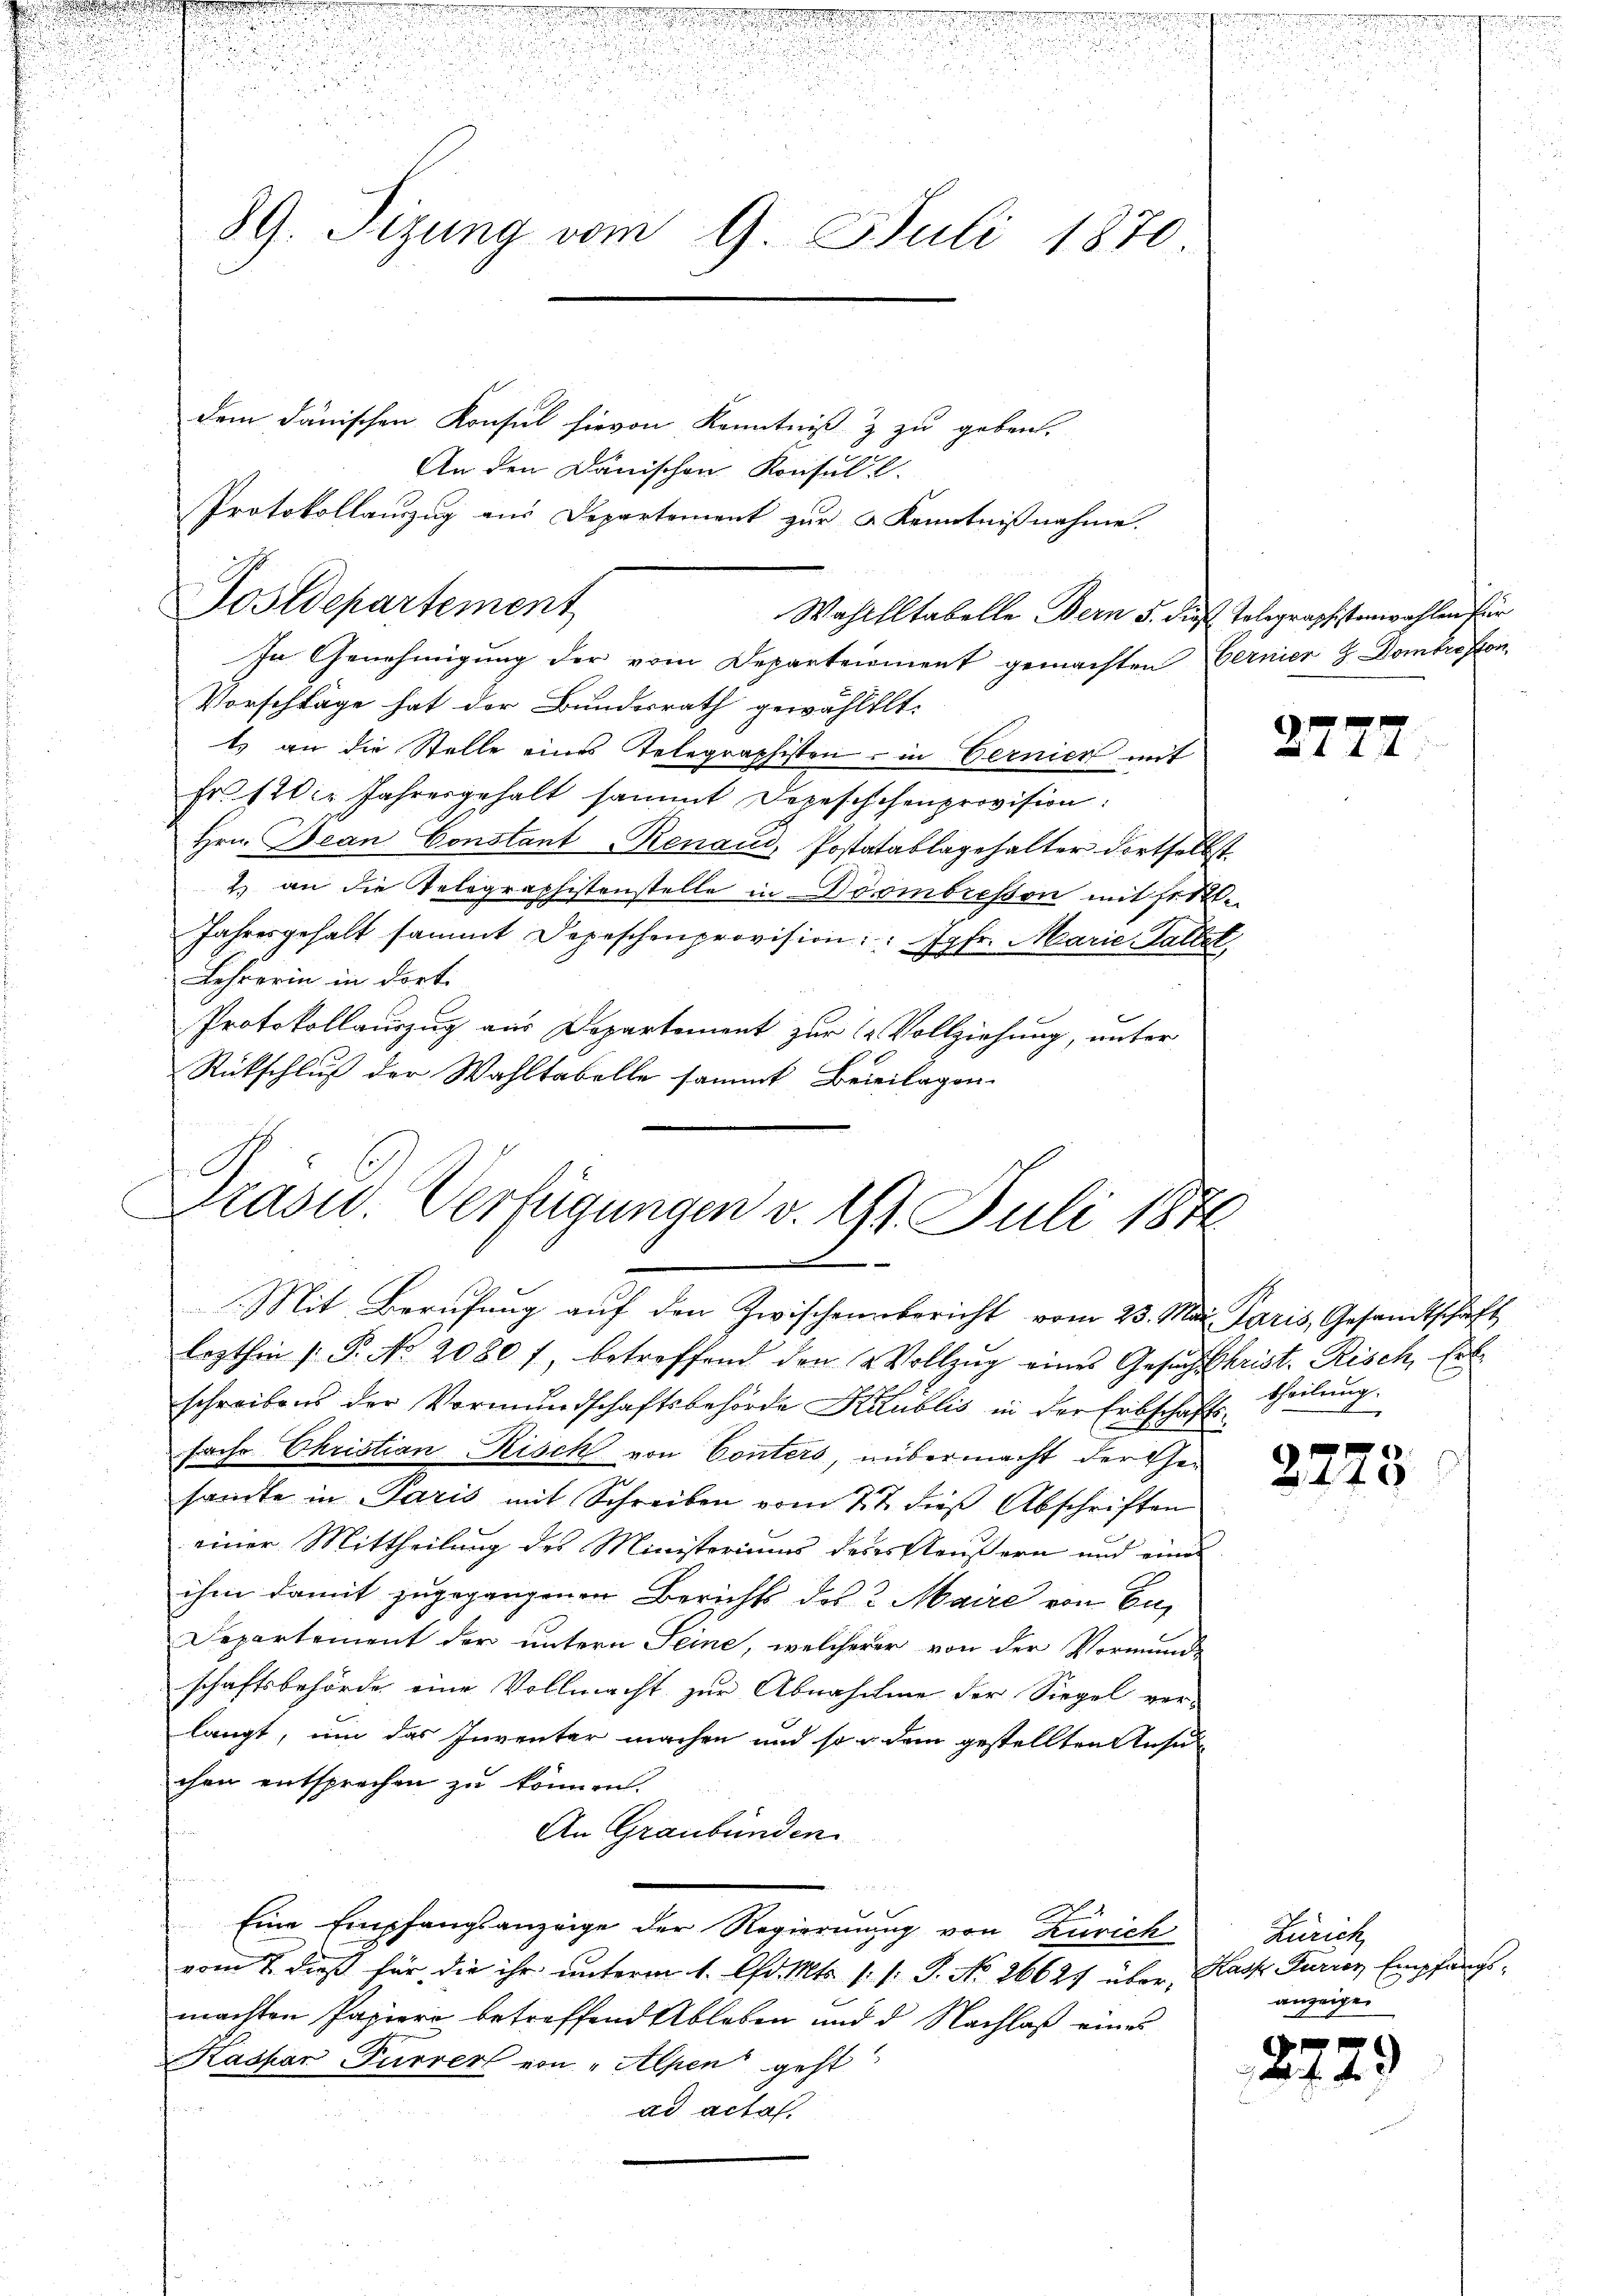
n

.
i
.

u

.
39. Setzung vom 9. Juli 1870

dem dänischen Konsul hievon Kenntniß & zu geben.
An den Dänischen Konsul l
Wahllltabelle Bern 5. die Telegraphistenwahlen für
In Genehmigung der vom Departeioment gemachten Cernier & Dombreston
Vorschläge hat der Bundesrath gewähltlt.
ts an die Stelle eines Telegraphisten - in Vernier mit
Fr. 120. Jahresgehalt sammt Depeschchenprovision:
Hrn. Bean Constant Renaus, Postatablagehalter dortselbst
2. an die Velographistenstelle in Döombreston mit setzt.
Jahresgehalt sammt Depeschenprovision: " Jgfr. Marie aller
Lehrerin in dort.
Protokollauszug aus Departement zur 12 Vollziehung, unter
Rückschluß der Wahltabelle sammt Beieilagen.
lezthin /: P. No. 2080 f. betreffend den Vollzŭg eines Gesuch Christ. Risch, Erl
schreibens der Vormŭndschaftsbehörde Kaublis in der Erbschafts-
8
fache Ehristian Risch von Conters, übermacht der Gesamte in Paris mit Schreiben vom 7. t dies Abschriften
einer Mittheilung des Ministeriums deser Aeußern und eines
ihm damit zugegangenen Berichts des 2 Maire von En¬
Departement der untern Seine, welcherer von der Vormunde
schaftsbehörde eine Vollmacht zur Abnahme der Siegel vor-
langt, um das Inventer machen und so u dem gestellten Ansu
chen entsprechen zu können.
An Graubünden
Eine Empfangsanzeige der Regierung von Zürich
vom 2. dieß für die ihr unterm 1. Ad. Mts. 1. /: P. No. 26627 über, Kasp. Furrer Empfangsmachten Papiere betreffend Ableben und d. Nachlaß eines
Kaspar Furrer von „Alpen geht
ad acta.

Protokollauszug aus Departement zur a Kenntnißnahme.
Dostdepartement

Präsid. Verfügungen v. 11. Juli 1876
—
Mit Berufung auf den Zwischenbericht vom 23. Max Paris, Gesandtschaft

d

27.

theilung.
A

f
2148

7

7

Zürich
anzeigen

9